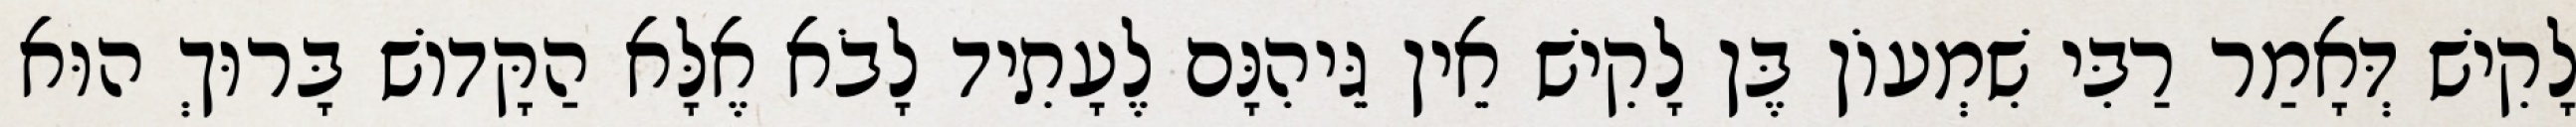
לָקִישׁ דְּאָמַר רַבִּי שִׁמְעוֹן בֶּן לָקִישׁ אֵין גֵּיהִנָּם לֶעָתִיד לָבֹא אֶלָּא הַקָּדוֹשׁ בָּרוּךְ הוּא